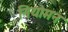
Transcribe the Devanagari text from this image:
नियोमन